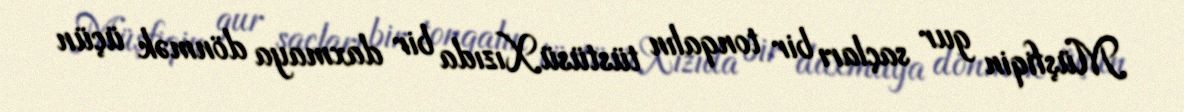
Müşfiqin gur saçları bir tonqalın tüstüsüXızıda bir daxmaya dönmək üçün